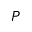
P